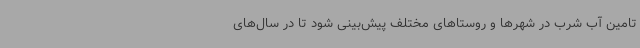
تامین آب شرب در شهرها و روستاهای مختلف پیش‌بینی شود تا در سال‌های